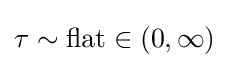
\tau \sim {\text{flat}}\in (0,\infty )